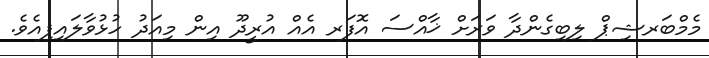
މެމްބަރޝިޕް ލިބިގެންދާ ވަރަށް ޚާއްސަ އޮފަރ އެއް އުރީދޫ އިން މިއަދު ހުޅުވާލައިފިއެވެ.